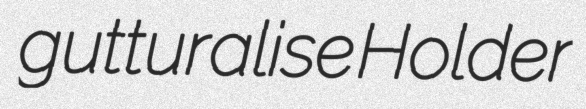
gutturalise Holder